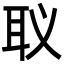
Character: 𮋬